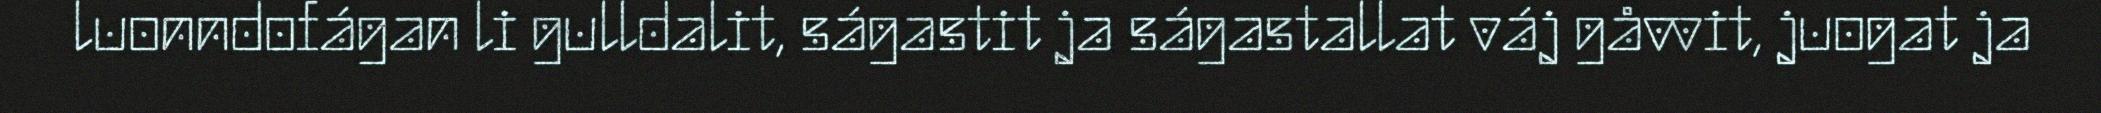
luonndofágan li gulldalit, ságastit ja ságastallat váj gåvvit, juogat ja